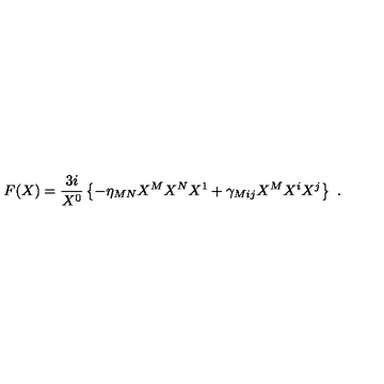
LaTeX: F ( X ) = { \frac { 3 i } { X ^ { 0 } } } \left\{ - \eta _ { M N } X ^ { M } X ^ { N } X ^ { 1 } + \gamma _ { M i j } X ^ { M } X ^ { i } X ^ { j } \right\} \ .